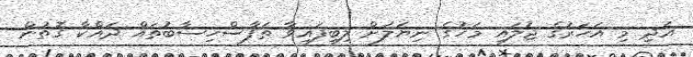
އަދި މި އަހަރުގެ ޖުލައި މަހުގެ ނިޔަލަށް ލިބިފައިވާ ތަފާސްހިސާބުތައް ދައްކާ ގޮތުން